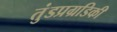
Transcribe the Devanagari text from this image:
तुंडप्रग्रडिकी